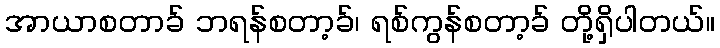
အာယာစတာခ် ဘရန်စတာ့ခ်၊ ရစ်ကွန်စတာ့ခ် တို့ရှိပါတယ်။